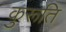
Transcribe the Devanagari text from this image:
कुरूति